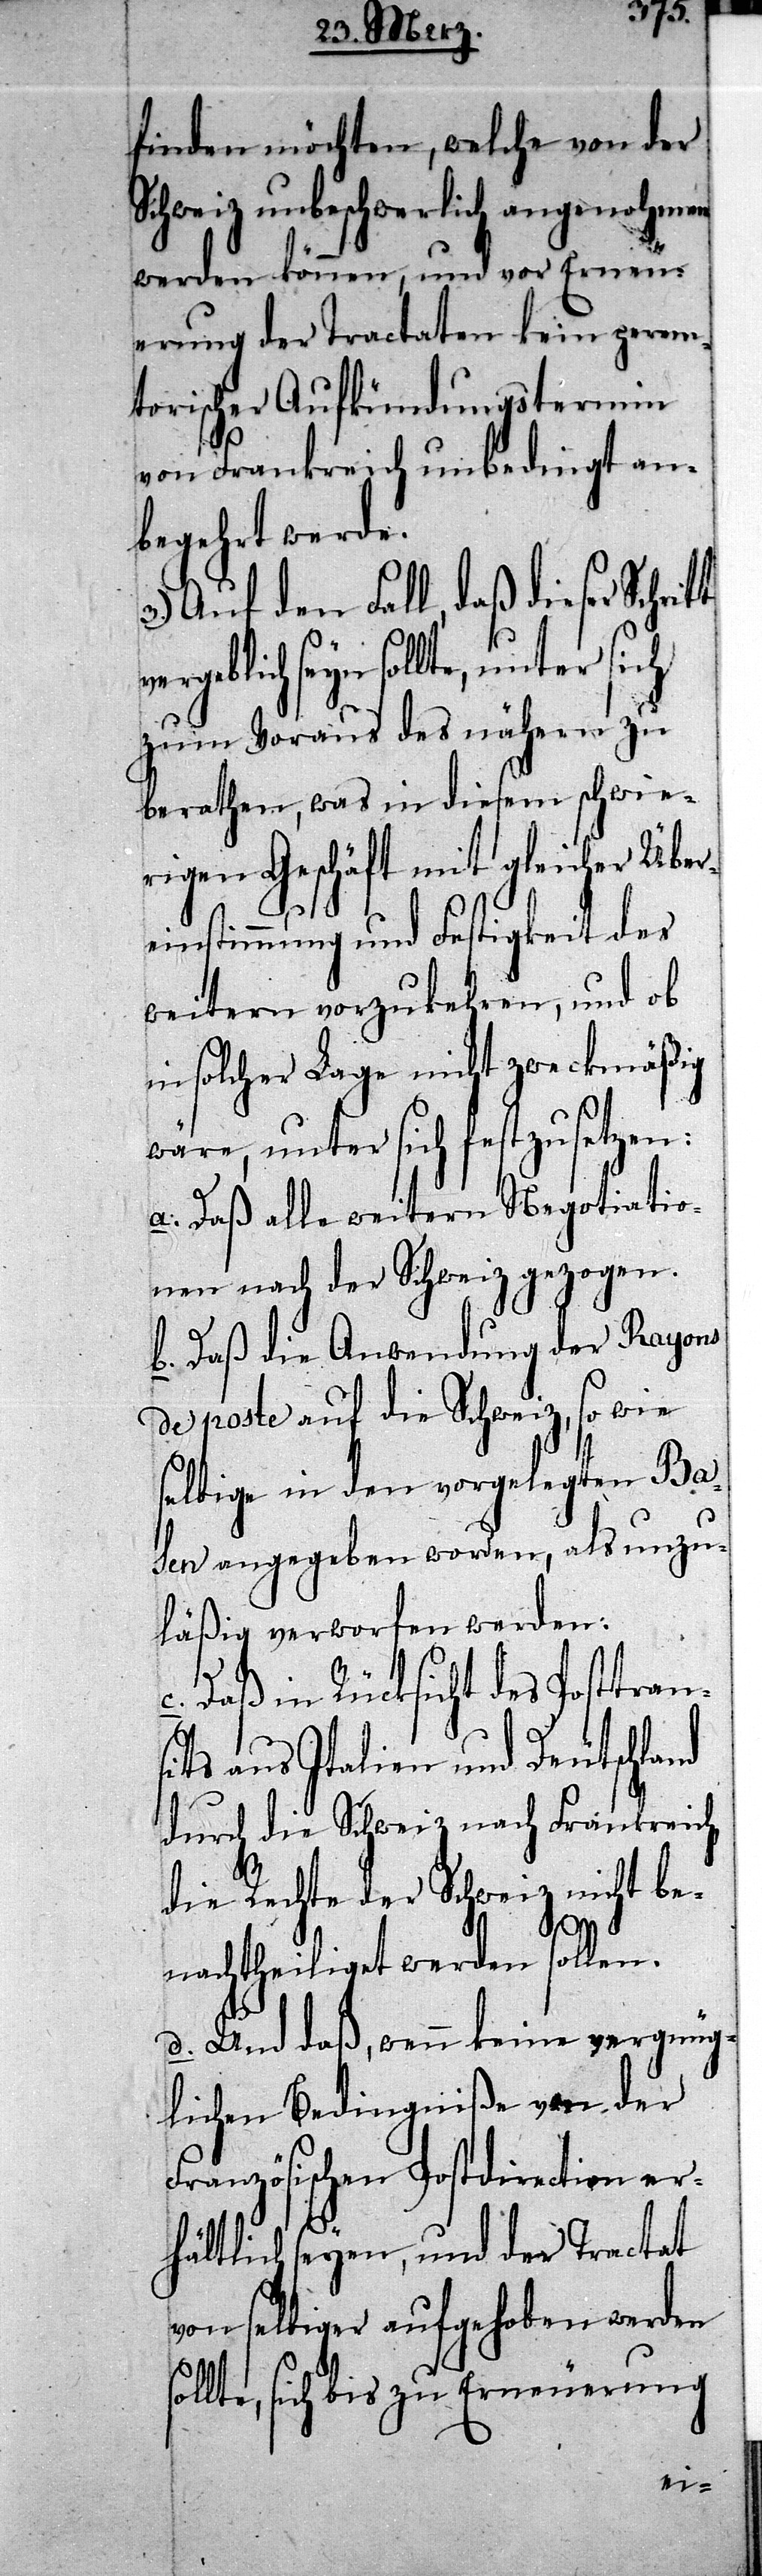
finden möchten, welche von der
Schweiz unbeschwerlich angenohmen
werden können, und vor Erneu¬
erung der Tractaten kein perem¬
torischer Aufkündungstermin
von Frankreich unbedingt an¬
begehrt werde.
3.) Auf den Fall, daß dieser Schrit¬
sollte, unter sich
zum Voraus des nähern zu
berathen, was in diesem schwie¬
rigen Geschäft mit gleicher Über¬
einstimmung und Fertigkeit des
weitern vorzukehren, und ob
in solcher Lage nicht zweckmäßig
wäre, unter sich festzusetzen:
a. Daß alle weitern Negotiatio¬
nen nach der Schweiz gezogen.
b. Daß die Anwendung der Rayons
de poste auf die Schweiz, so wie
selbige in den vorgelegten Ba¬
sen angegeben worden, als unzu¬
läßig verworfen werden:
c. Daß in Rücksicht des Posttran¬
sits aus Italien und Deutschland
durch die Schweiz nach Frankreich
die Rechte der Schweiz nicht be¬
so¬
nachtheiliget werden sollen.
d. Und daß, wenn keine vergnüg¬
lichen Bedingniße von der
Französischen Postdirection er¬
hältlich seyen, und der Tractat
von selbiger aufgehoben werden
llte, sich bis zu Erneuerung